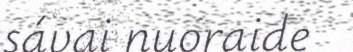
sávai nuoraide